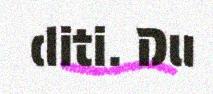
diti. Du